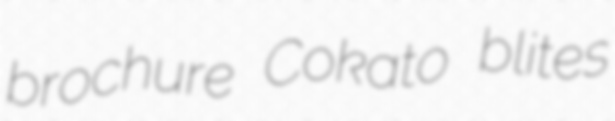
brochure Cokato blites